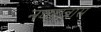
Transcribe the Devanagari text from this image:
नवरात्रास